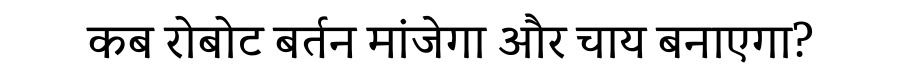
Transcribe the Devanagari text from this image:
कब रोबोट बर्तन मांजेगा और चाय बनाएगा?